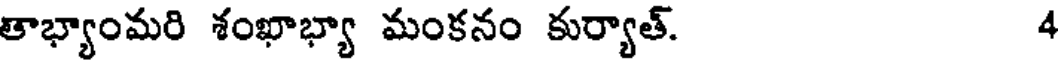
తాభ్యాంమరి శంఖాభ్యా మంకనం కుర్యాత్. 4